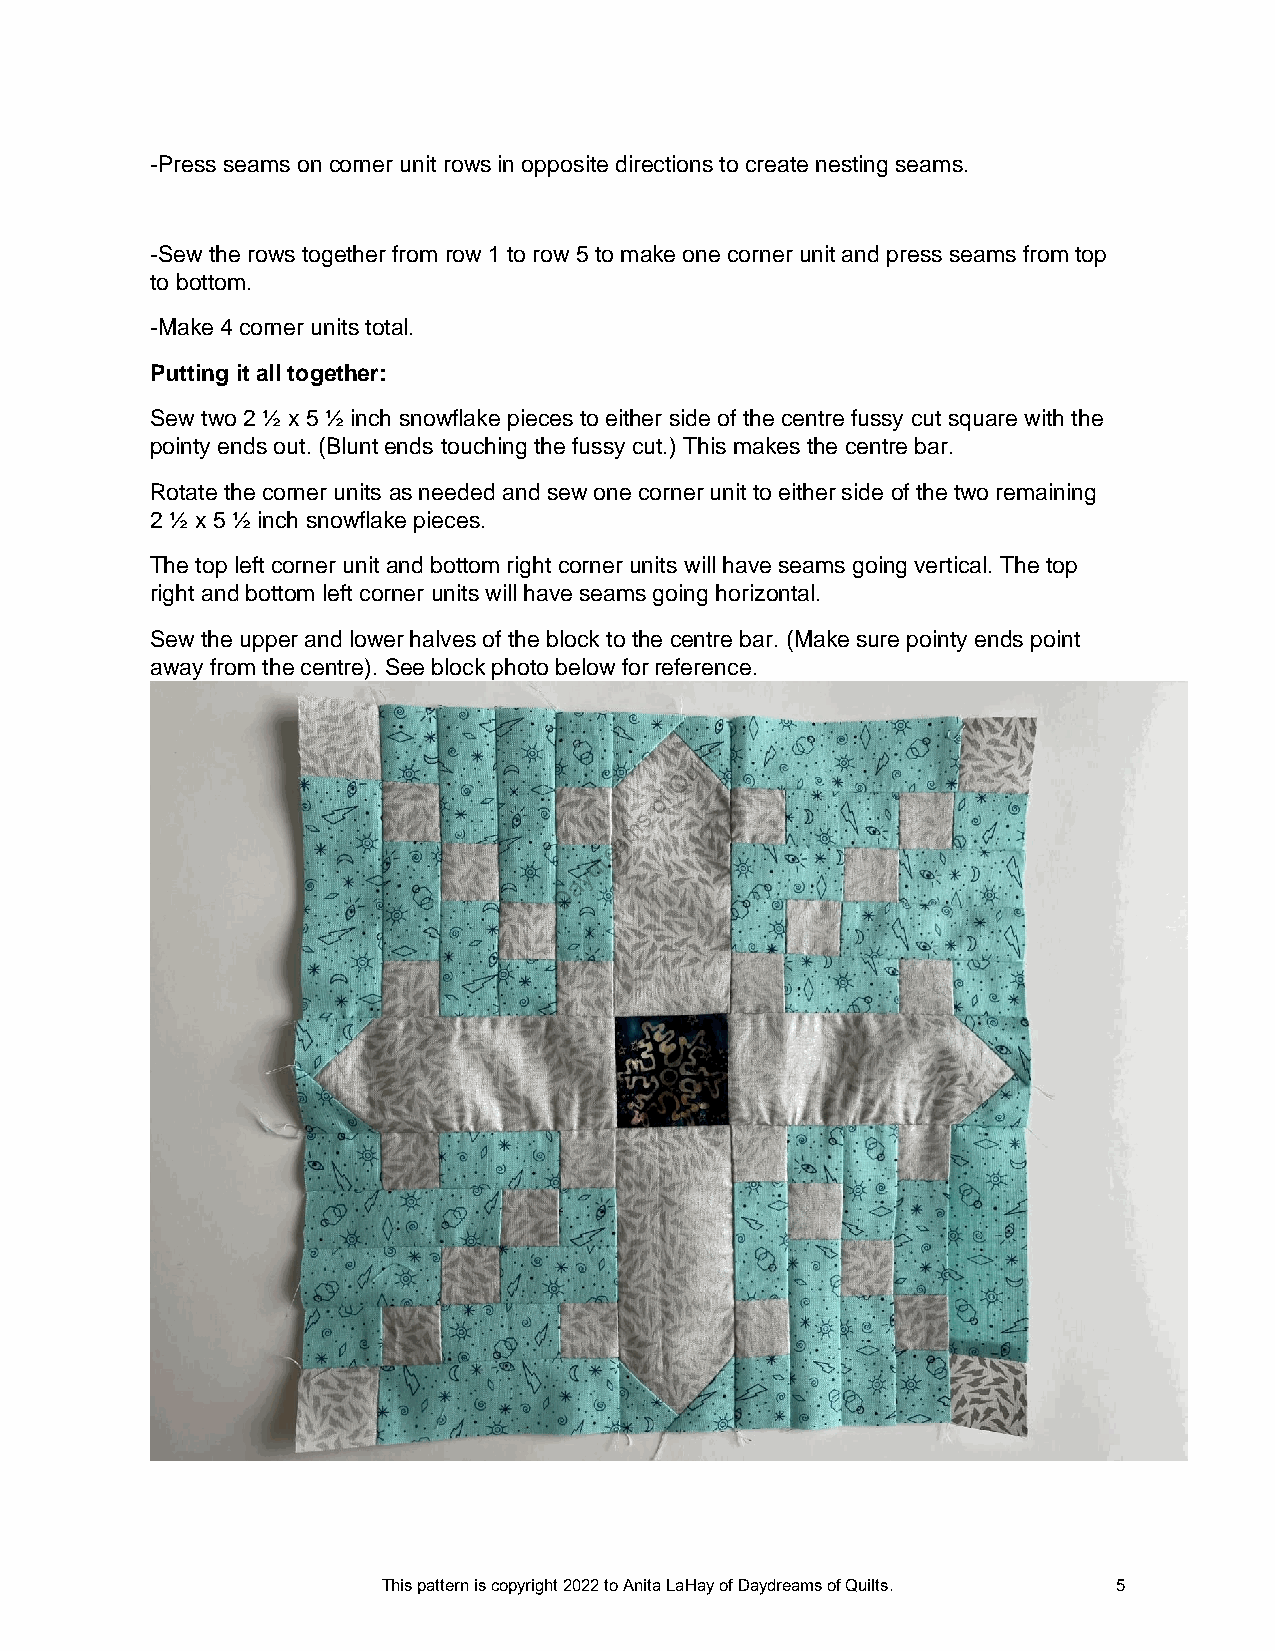
-Press seams on corner unit rows in opposite directions to create nesting seams.
 -Sew the rows together from row 1 to row 5 to make one corner unit and press seams from top
 to bottom.
 -Make 4 corner units total.
 Putting it all together:
 Sew two 2 ½ x 5 ½ inch snowflake pieces to either side of the centre fussy cut square with the
 pointy ends out. (Blunt ends touching the fussy cut.) This makes the centre bar.
 Rotate the corner units as needed and sew one corner unit to either side of the two remaining
 2 ½ x 5 ½ inch snowflake pieces.
 The top left corner unit and bottom right corner units will have seams going vertical. The top
 right and bottom left corner units will have seams going horizontal.
 Sew the upper and lower halves of the block to the centre bar. (Make sure pointy ends point
 away from the centre). See block photo below for reference.
 s
 uilt
 Q
 of
 s
 m
 a
 e
 dr
 y
 a
 D
 This pattern is copyright 2022 to Anita LaHay of Daydreams of Quilts. 5